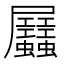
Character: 𧖉